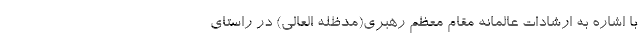
با اشاره به ارشادات عالمانه مقام معظم رهبری(مدظله العالی) در راستای